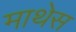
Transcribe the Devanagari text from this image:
माथेस